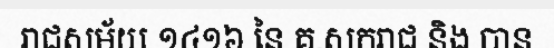
រាជសម័យ ១៤១៦ នៃ គ.សករាជ និង បាន